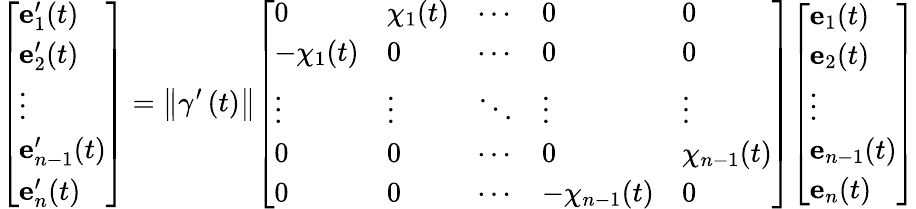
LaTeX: {\left[\begin{array}{l}{\mathbf{e}_{1}^{\prime}(t)}\\ {\mathbf{e}_{2}^{\prime}(t)}\\ {\vdots}\\ {\mathbf{e}_{n-1}^{\prime}(t)}\\ {\mathbf{e}_{n}^{\prime}(t)}\end{array}\right]}=\left\Vert\gamma^{\prime}\left(t\right)\right\Vert{\left[\begin{array}{lllll}{0}&{\chi_{1}(t)}&{\cdots}&{0}&{0}\\ {-\chi_{1}(t)}&{0}&{\cdots}&{0}&{0}\\ {\vdots}&{\vdots}&{\ddots}&{\vdots}&{\vdots}\\ {0}&{0}&{\cdots}&{0}&{\chi_{n-1}(t)}\\ {0}&{0}&{\cdots}&{-\chi_{n-1}(t)}&{0}\end{array}\right]}{\left[\begin{array}{l}{\mathbf{e}_{1}(t)}\\ {\mathbf{e}_{2}(t)}\\ {\vdots}\\ {\mathbf{e}_{n-1}(t)}\\ {\mathbf{e}_{n}(t)}\end{array}\right]}